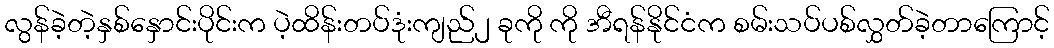
လွန်ခဲ့တဲ့နှစ်နှောင်းပိုင်းက ပဲ့ထိန်းတပ်ဒုံးကျည်၂ ခုကို ကို အီရန်နိုင်ငံက စမ်းသပ်ပစ်လွှတ်ခဲ့တာကြောင့်